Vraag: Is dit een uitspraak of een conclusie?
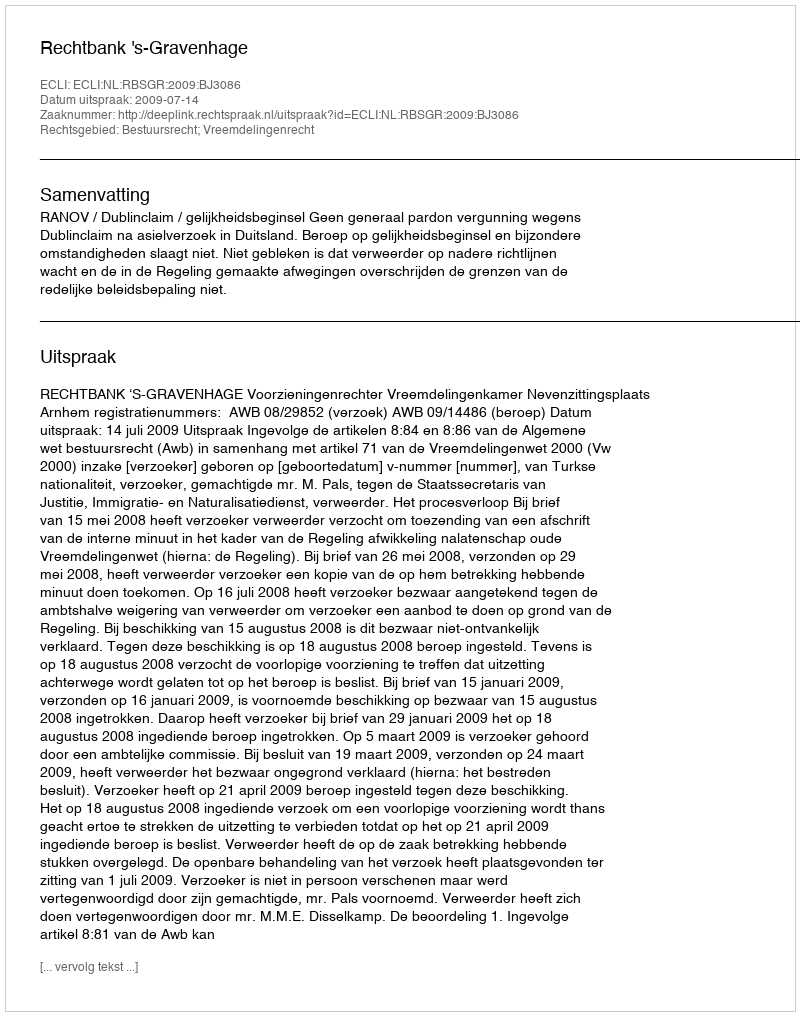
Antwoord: Uitspraak